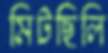
মিটছিলি